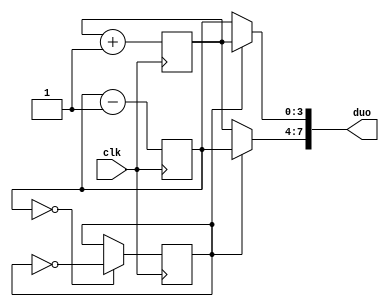
`timescale 1ns / 1ps
//////////////////////////////////////////////////////////////////////////////////
// Company: 
// Engineer: 
// 
// Design Name: 
// Module Name: Duo_Color
// Project Name: 
// Target Devices: 
// Tool Versions: 
// Description: 
// 
// Dependencies: 
// 
// Revision:
// Revision 0.01 - File Created
// Additional Comments:
// 
//////////////////////////////////////////////////////////////////////////////////


module Duo_Color(
    input clk,
    
    output [7:0] duo
    );
    
    reg [3:0] col1;
    reg [3:0] col2;
    reg flip; 
    
    initial begin
    flip = 0;
    col1 = 15;
    col2 = 0;
    end
    
    always @(posedge clk)
    begin
    if (col1 == 0)
        begin
        flip = ~flip;
        end
    col2 = col2 + 1;
    col1 = col1 - 1;
    end
    
    assign duo[7:4] = flip ? col1 : col2;
    assign duo[3:0] = flip ? col2 : col1;
    
endmodule